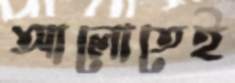
আলোতেই